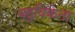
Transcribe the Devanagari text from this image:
बहुविक्रेता